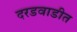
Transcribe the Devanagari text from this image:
दरडवाडीत